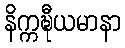
နိက္ကဍ္ဎီယမာနာ